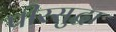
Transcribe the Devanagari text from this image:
पीरसुद्धा